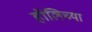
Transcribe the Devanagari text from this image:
हॉलिच्या